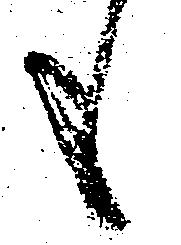
も